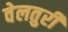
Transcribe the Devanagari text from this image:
वेलतुरी